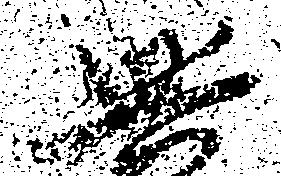
興